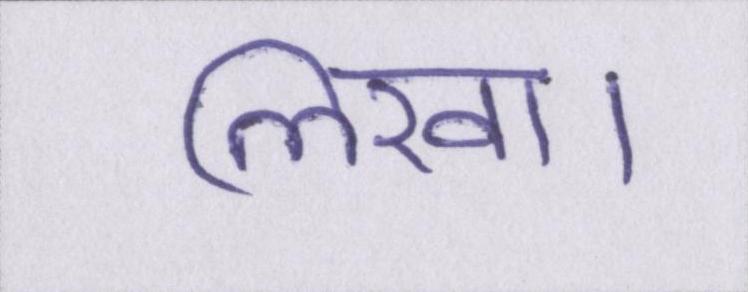
लिखा।